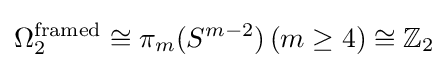
\Omega _{2}^{\text{framed}}\cong \pi _{m}(S^{m-2})\,(m\geq 4)\cong \mathbb {Z} _{2}